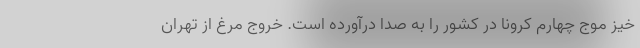
خیز موج چهارم کرونا در کشور را به صدا درآورده است. خروج مرغ از تهران